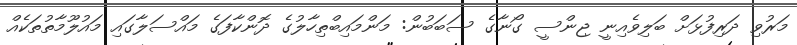
މަރުވި ދަރިފުޅަށް ބަލިވެއިނީ ޖިންސީ ގޯނާގެ ސަބަބުން: މަންމައިބްތިހާލުގެ ދޮންކާފަގެ މައްސަލާގައި މައުލޫމާތުތަކެއް